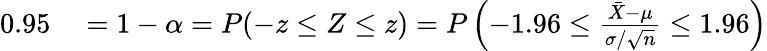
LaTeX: \begin{array}{rl}{0.95}&{{}=1-\alpha=P(-z\leq Z\leq z)=P\left(-1.96\leq{\frac{{\bar{X}}-\mu}{\sigma/{\sqrt{n}}}}\leq 1.96\right)}\end{array}